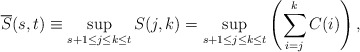
\begin{align*}\overline{S}(s,t) \equiv \sup_{{s+1}\le{j}\le{k}\le{t}}S(j,k) = \sup_{{s+1}\le{j}\le{k}\le{t}}\left(\sum\limits_{i=j}\limits^{k}{C(i)}\right),\end{align*}